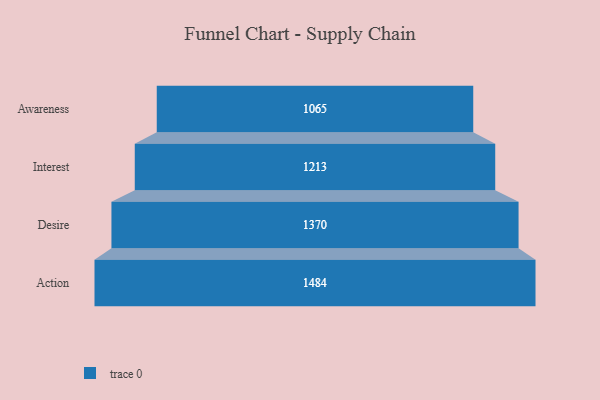
{"axis": {"x": "Stage", "y": "Value"}, "legend": [""], "data": [{"x": "Awareness", "y": 1065.0, "type": ""}, {"x": "Interest", "y": 1213.0, "type": ""}, {"x": "Desire", "y": 1370.0, "type": ""}, {"x": "Action", "y": 1484.0, "type": ""}]}